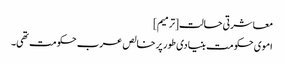
معاشرتی حالت[ترمیم]
اموی حکومت بنیادی طور پر خالص عرب حکومت تھی۔